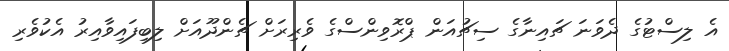
އެ ލިސްޓުގެ ދެވަނަ ޗައިނާގެ ސިޗުއަން ޕްރޮވިންސްގެ ވެރިރަށް ޗެންދޫއަށް ލިބިފައިވާއިރު އެކުވެރި